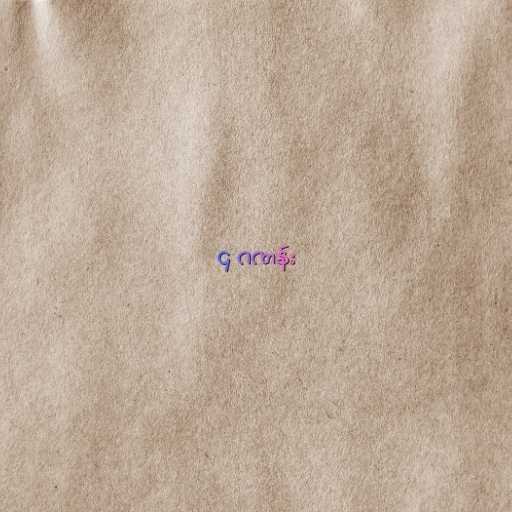
၄ ဂဏန်း